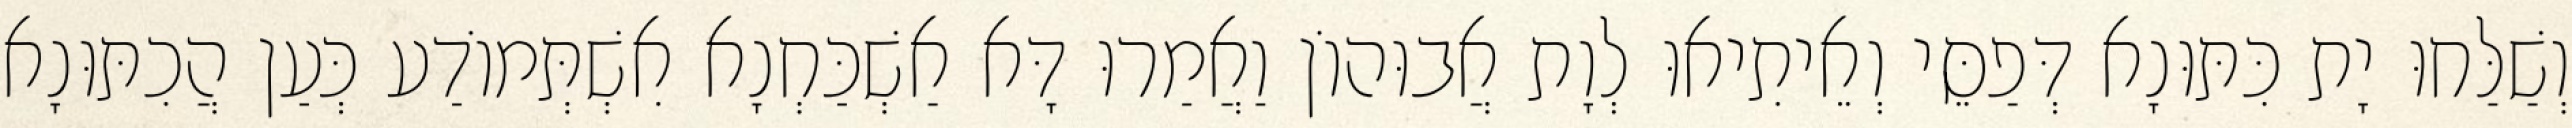
וְשַׁלַּחוּ יָת כִּתּוּנָא דְּפַסֵּי וְאֵיתִיאוּ לְוָת אֲבוּהוֹן וַאֲמַרוּ דָּא אַשְׁכַּחְנָא אִשְׁתְּמוֹדַע כְּעַן הֲכִתּוּנָא